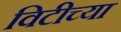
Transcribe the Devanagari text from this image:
विटीच्या